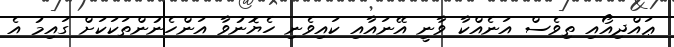
ޢައްދިއޯއި ތިވެސް އަނެއްކާ ވާނީ އޭނައާއި ކައިވެނި ހެޔޮނުވާ އަންހެނުންތަކަކަށް ގައިމު އެ